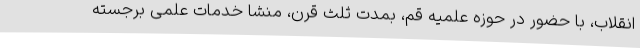
انقلاب، با حضور در حوزه علمیه قم، بمدت ثلث قرن، منشا خدمات علمی برجسته